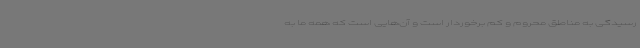
رسیدگی به مناطق محروم و کم برخوردار است و آن‌هایی است که همه ما به